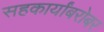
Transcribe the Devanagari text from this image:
सहकार्यांबरोबर